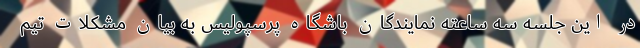
در این جلسه سه ساعته نمایندگان باشگاه پرسپولیس به بیان مشکلات تیم